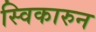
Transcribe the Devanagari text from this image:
स्विकारुन